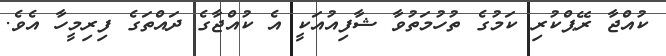
ކުއްޖާ ރޭޕްކުރި ކަމުގެ ތުހުމަތުވާ ޝާފިއުއަކީ އެ ކުއްޖާގެ ދައްތަގެ ފިރިމީހާ އެވެ.